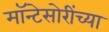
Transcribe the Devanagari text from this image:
मॉन्टेसोरींच्या